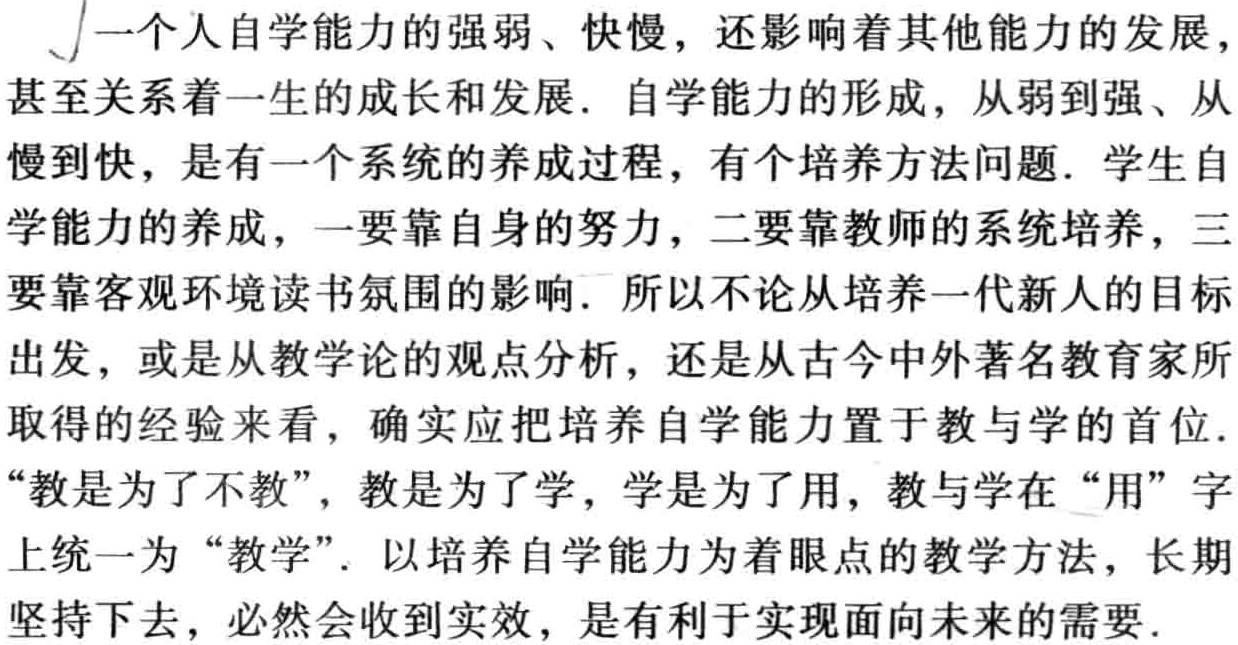
一个人自学能力的强弱、快慢，还影响着其他能力的发展，甚至关系着一生的成长和发展. 自学能力的形成，从弱到强、从慢到快，是有一个系统的养成过程，有个培养方法问题. 学生自学能力的养成，一要靠自身的努力，二要靠教师的系统培养，三要靠客观环境读书氛围的影响. 所以不论从培养一代新人的目标出发，或是从教学论的观点分析，还是从古今中外著名教育家所取得的经验来看，确实应把培养自学能力置于教与学的首位. “教是为了不教”，教是为了学，学是为了用，教与学在“用”字上统一为“教学”. 以培养自学能力为着眼点的教学方法，长期坚持下去，必然会收到实效，是有利于实现面向未来的需要.